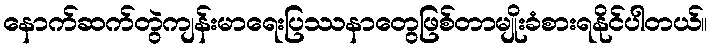
နောက်ဆက်တွဲကျန်းမာရေးပြဿနာတွေဖြစ်တာမျိုးခံစားရနိုင်ပါတယ်။